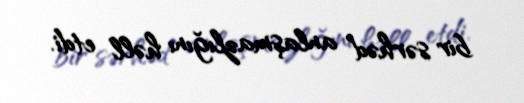
bir sərhəd anlaşmazlığını həll etdi.